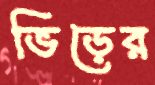
ভিড়ের